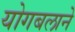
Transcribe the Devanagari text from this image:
योगबलाने